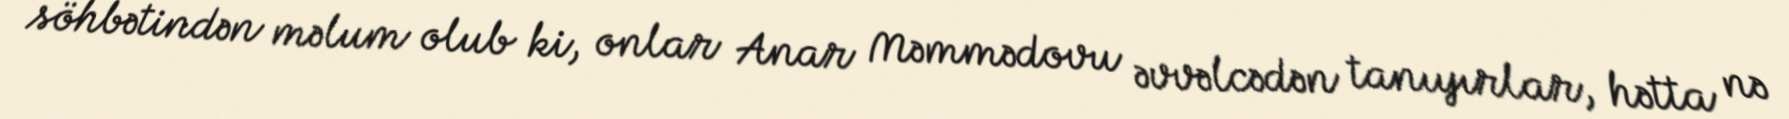
söhbətindən məlum olub ki, onlar Anar Məmmədovu əvvəlcədən tanıyırlar, hətta nə